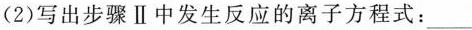
(2)写出步骤Ⅱ中发生反应的离子方程式：___